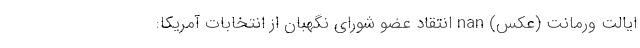
ایالت ورمانت (عکس) nan انتقاد عضو شورای نگهبان از انتخابات آمریکا: